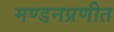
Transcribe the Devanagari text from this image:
मण्डनप्रणीत